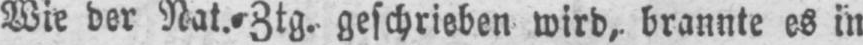
Wie der Nat.⸗Ztg. geschrieben wird, brannte es in